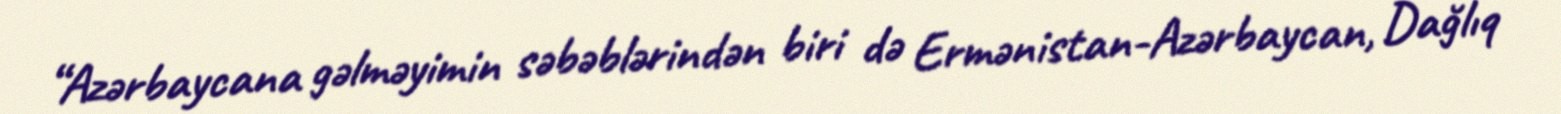
“Azərbaycana gəlməyimin səbəblərindən biri də Ermənistan-Azərbaycan, Dağlıq